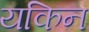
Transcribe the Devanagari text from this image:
यकिन